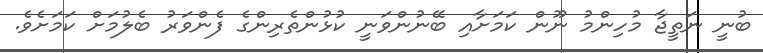
ބުނީ ނަތީޖާ މުހިންމު ނޫން ކަމަށާއި ބޭނުންވަނީ ކުޅުންތެރިންގެ ފެންވަރު ބެލުމަށް ކަމަށެވެ.